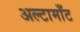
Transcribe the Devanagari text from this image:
अल्टामाँट